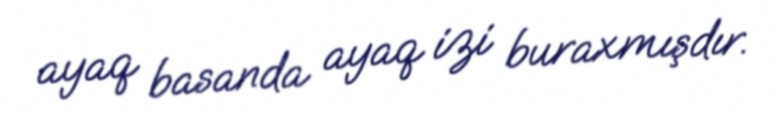
ayaq basanda ayaq izi buraxmışdır.